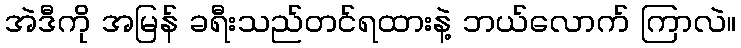
အဲဒီကို အမြန် ခရီးသည်တင်ရထားနဲ့ ဘယ်လောက် ကြာလဲ။